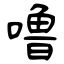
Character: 噜